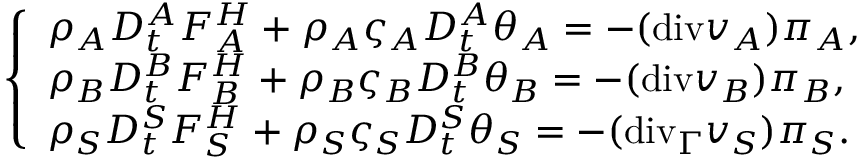
\left\{ \begin{array} { l l } { \rho _ { A } D _ { t } ^ { A } F _ { A } ^ { H } + \rho _ { A } \varsigma _ { A } D _ { t } ^ { A } \theta _ { A } = - ( \mathrm { { d i v } } v _ { A } ) \pi _ { A } , } \\ { \rho _ { B } D _ { t } ^ { B } F _ { B } ^ { H } + \rho _ { B } \varsigma _ { B } D _ { t } ^ { B } \theta _ { B } = - ( { \mathrm { d i v } } v _ { B } ) \pi _ { B } , } \\ { \rho _ { S } D _ { t } ^ { S } F _ { S } ^ { H } + \rho _ { S } \varsigma _ { S } D _ { t } ^ { S } \theta _ { S } = - ( \mathrm { { d i v } } _ { \Gamma } v _ { S } ) \pi _ { S } . } \end{array} \right.